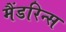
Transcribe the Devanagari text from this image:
मैंडरिन्स